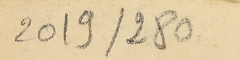
280 /2019